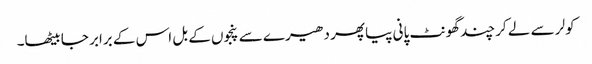
کولر سے لے کر چند گھونٹ پانی پیا پھر دھیرے سے پنجوں کے بل اس کے برابر جا بیٹھا۔